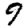
Digit: 9